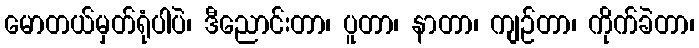
မောတယ်မှတ်ရုံပါပဲ၊ ဒီညောင်းတာ၊ ပူတာ၊ နာတာ၊ ကျဉ်တာ၊ ကိုက်ခဲတာ၊